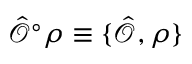
\hat { \mathcal { O } } ^ { \circ } \rho \equiv \{ \hat { \mathcal { O } } , \rho \}